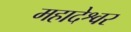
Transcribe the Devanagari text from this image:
महादेश्वर